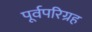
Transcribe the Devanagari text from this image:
पूर्वपरिग्रह